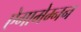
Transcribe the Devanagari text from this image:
ऐगामेम्नन